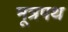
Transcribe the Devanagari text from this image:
मूत्रपथ